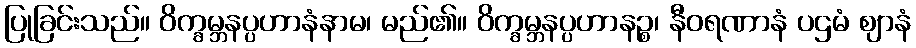
ပြုခြင်းသည်။ ဝိက္ခမ္ဘနပ္ပဟာနံနာမ၊ မည်၏။ ဝိက္ခမ္ဘနပ္ပဟာနဉ္စ၊ နီဝရဏာနံ ပဌမံ ဈာနံ